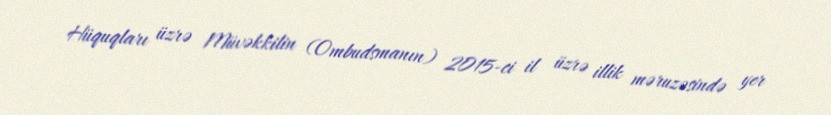
Hüquqları üzrə Müvəkkilin (Ombudsmanın) 2015-ci il üzrə illik məruzəsində yer